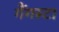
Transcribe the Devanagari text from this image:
गैंगस्टा